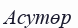
Асутөр